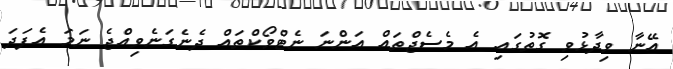
އޭނާ ވިދާޅުވި ގޮތުގައި އެ މެސެޖްތައް އަންނަ ނެޓްވޯކްތައް ދެނެގަނެވިއްޖެ ނަމަ އެފަދަ